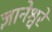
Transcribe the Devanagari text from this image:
ज्ञानेश्वरें